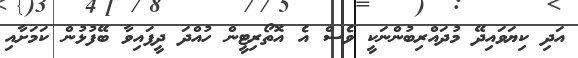
އަދި ކިޔަވައިދޭ މުދައްރިބުންނަކީ ވެސް އެ އޮތޯރިޓީން ހުއްދަ ދީފައިވާ ބޭފުޅުން ކަމަށާއި